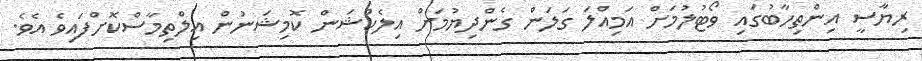
ރިޔާސީ އިންތިހާބުގައި ވޯޓުލުމަށް އަމިއްލަ ގަލަން ގެންދިޔުމަށް އިލެކްޝަން ކޮމިޝަނުން އިލްތިމާސްކޮށްފައިވެ އެވެ.